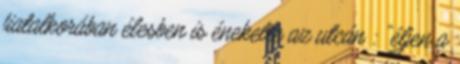
fiatalkorában élesben is énekelte az utcán : "éljen a